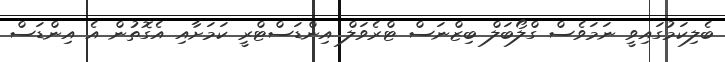
ބެލިކަމުގައިވީ ނަމަވެސް ގްލޯބަލް ބިޒްނަސް ޓްރެވަލް އިންޑަސްޓްރީ ކަމަށާއި އެގޮތުން އެ އިންޑަސް